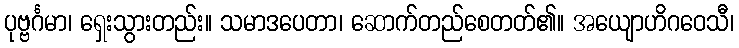
ပုဗ္ဗင်္ဂမာ၊ ရှေးသွားတည်း။ သမာဒပေတာ၊ ဆောက်တည်စေတတ်၏။ အယျောဟိဂဝေသီ၊